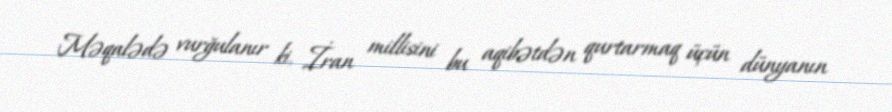
Məqalədə vurğulanır ki, İran millisini bu aqibətdən qurtarmaq üçün dünyanın